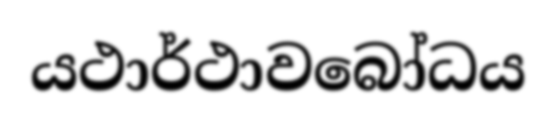
යථාර්ථාවබෝධය